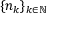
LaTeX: \{ n _ { k } \} _ { k \in \mathbb { N } }